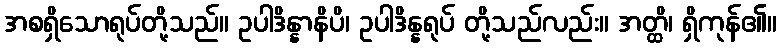
အစရှိသောရုပ်တို့သည်။ ဥပါဒိန္နာနိပိ၊ ဥပါဒိန္နရုပ် တို့သည်လည်း။ အတ္ထိ၊ ရှိကုန်၏။